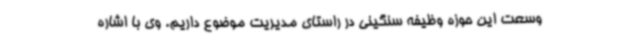
وسعت این حوزه وظیفه سنگینی در راستای مدیریت موضوع داریم. وی با اشاره